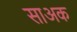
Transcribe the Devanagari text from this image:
साअक